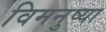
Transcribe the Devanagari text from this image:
विमनुष्या